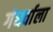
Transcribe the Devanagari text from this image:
गंधर्वाला